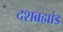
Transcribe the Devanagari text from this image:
दशब्रह्मांड